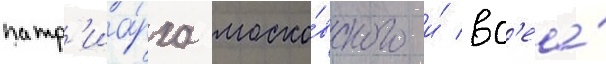
патр'иа́рха моско́вского и́ вс'еа́